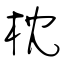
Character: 枕